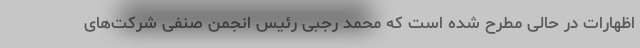
اظهارات در حالی مطرح شده است که محمد رجبی رئیس انجمن صنفی شرکت‌های